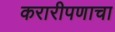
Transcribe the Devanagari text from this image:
करारीपणाचा